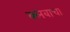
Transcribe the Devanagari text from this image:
क्लबाचा